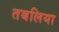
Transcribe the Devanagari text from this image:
तबलिया